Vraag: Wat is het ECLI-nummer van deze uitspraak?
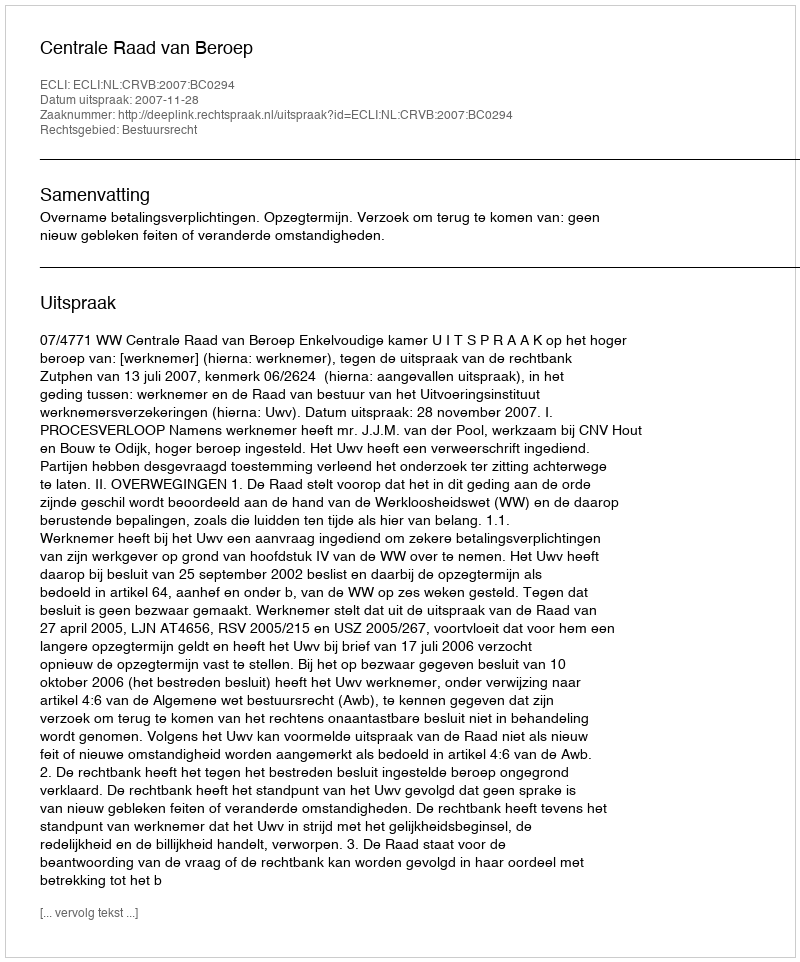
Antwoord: ECLI:NL:CRVB:2007:BC0294